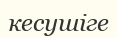
кесушіге